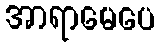
အာရာမေပေ